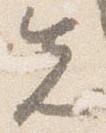
先